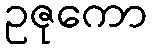
ဥဇုကော